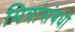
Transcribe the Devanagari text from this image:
मित्रांसंबंधी